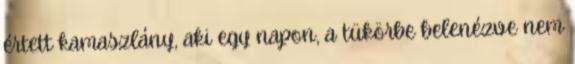
értett kamaszlány, aki egy napon, a tükörbe belenézve nem